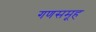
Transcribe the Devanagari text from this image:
गणसमूह